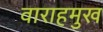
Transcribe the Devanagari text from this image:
वाराहमुख